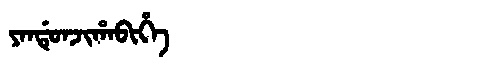
Manchu: ᠶᠠᠨᡩᡠᠨᠵᡳᡥᠠᠪᡳᡥᡝ
Romanization: YANDUNJIHABIHE